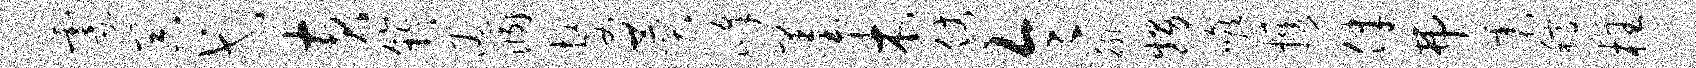
霎器弋黄竽通溷嫠赞峰墨木仗令徘甥喉携律弗震稿枉